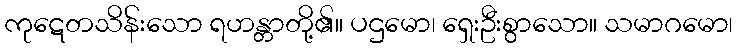
ကုဋေတသိန်းသော ရဟန္တာတို့၏။ ပဌမော၊ ရှေးဦးစွာသော။ သမာဂမော၊